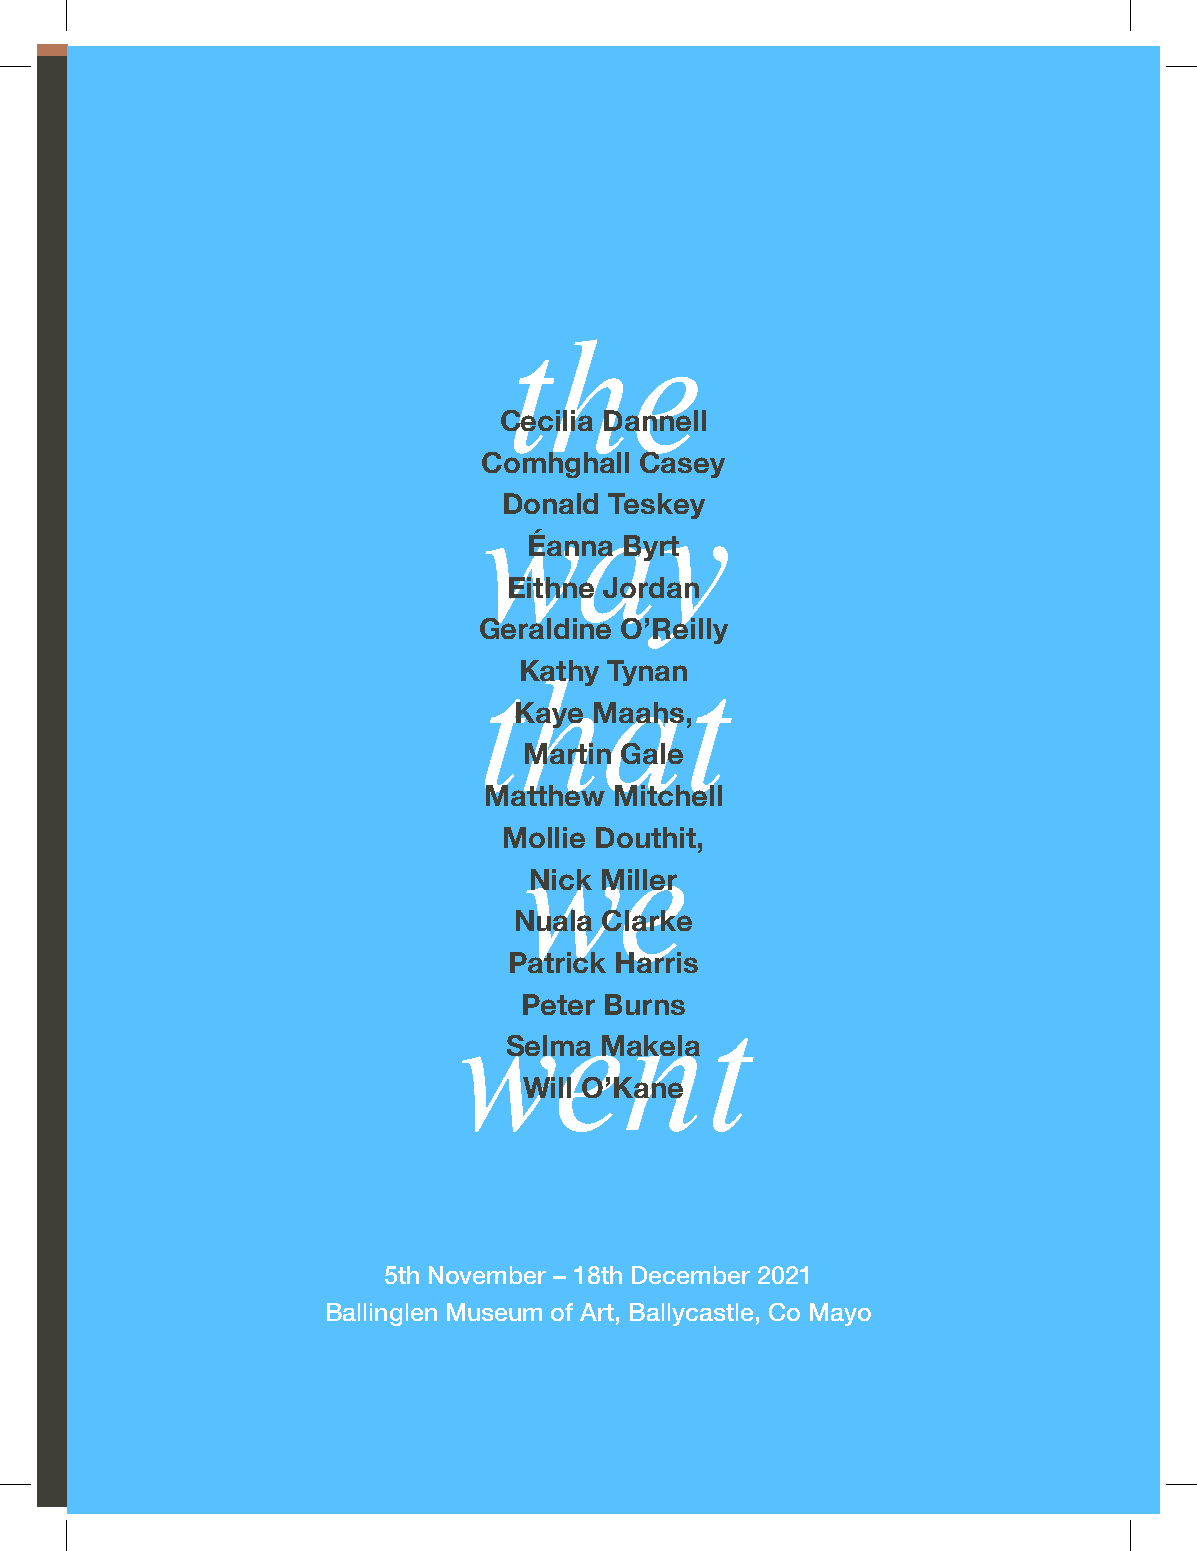
the
 Cecilia Dannell
 Comhghall Casey
 wDonalad Teskyey
 Éanna Byrt
 Eithne Jordan
 Geraldine O’Reilly
 Kathy Tynan
 that
 Kaye Maahs,
 Martin Gale
 Matthew  Mitchell
 Mollie Douthit,
 we
 Nick Miller
 Nuala Clarke
 Patrick Harris
 Peter Burns
 went
 Selma  Makela
 Will O’Kane
 3
 5th November – 18th December 2021
 Ballinglen Museum of Art, Ballycastle, Co Mayo